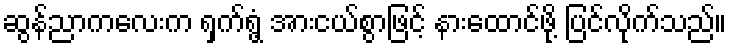
ဆွန်ညာကလေးက ရှက်ရွံ့ အားငယ်စွာဖြင့် နားထောင်ဖို့ ပြင်လိုက်သည်။